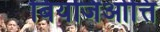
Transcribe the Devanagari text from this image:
बियजिओत्ति